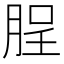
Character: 脭